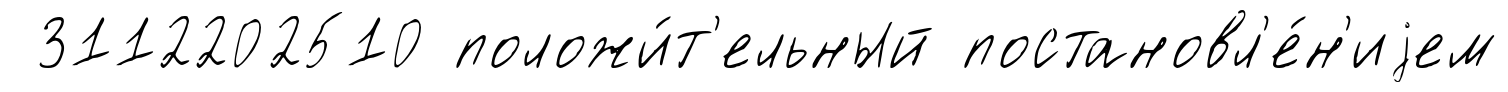
3112202510 положи́т'ельный постановл'е́н'иjем